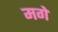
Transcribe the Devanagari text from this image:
मगे